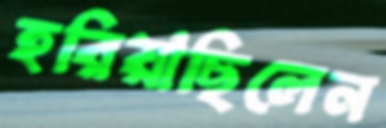
হরিয়াছিলেন